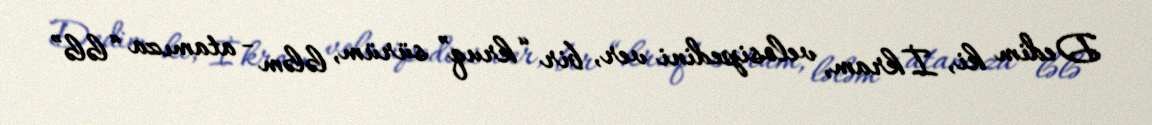
Dedim ki, İkram, velosipedini ver, bir “kruq” sürüm, lələm - atamıza “lələ”